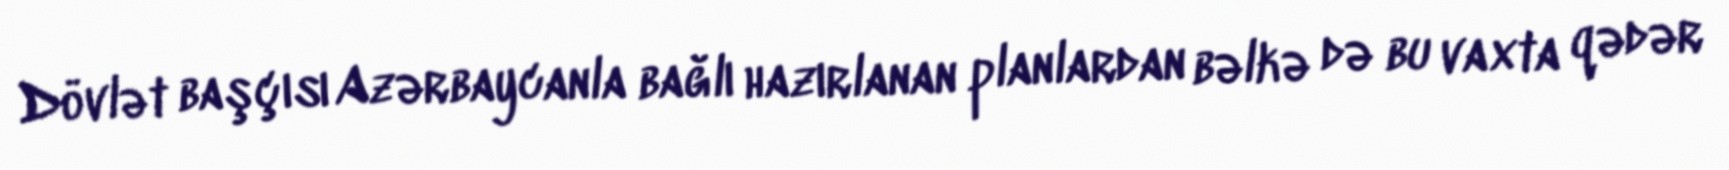
Dövlət başçısı Azərbaycanla bağlı hazırlanan planlardan bəlkə də bu vaxta qədər